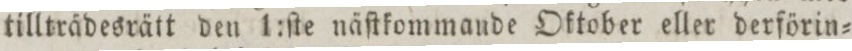
tillträdesrätt den 1:ſte näſtkommande Oktober eller derförin=